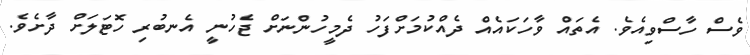
ވެސް ހާސްވިއެވެ. އެތައް ވާހަކައެއް ދެއްކުމަށްފަހު ދެމީހުންނަށް ޖެހުނީ އެނބުރި ހޮޓަލަށް ދާށެވެ.